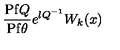
\frac { \mathrm { P f } Q } { \mathrm { P f } \theta } e ^ { \l Q ^ { - 1 } } W _ { k } ( x )